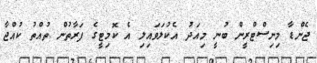
ޖެންޑާ މިނިސްޓްރީން ބުނީ މިއަދު އެކުލަވައިލި އެ ކޮމިޓީގެ ފަރާތުން ތުއްތު ކުއްޖާ